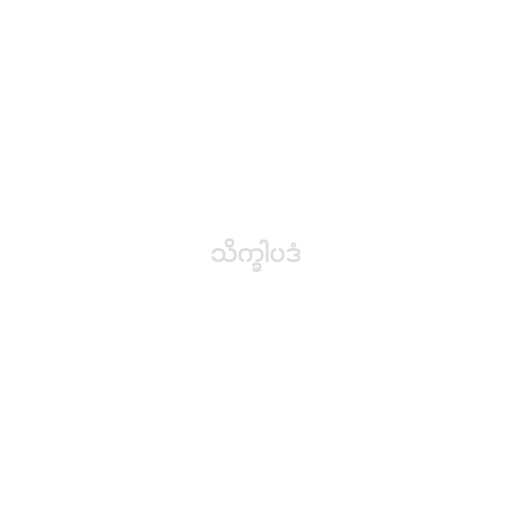
သိက္ခါပဒံ